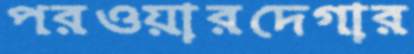
পরওয়ারদেগার